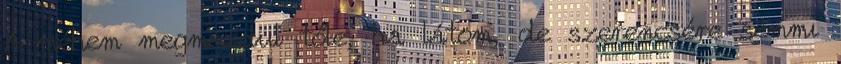
A méhem megmozdul tőle, ha látom, de szerencsére semmi